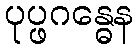
ပုပ္ဖဂန္ဓေန